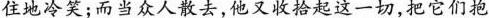
住地冷笑；而当众人散去，他又收拾起这一切，把它们抱